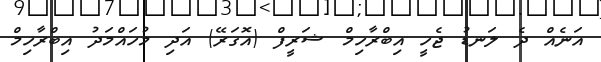
އަނެއް ދެ ލަނޑު ޖެހީ އިބްރާހިމް ޝަރީފް (އޮގަރޭ) އަދި މުހައްމަދު އިބްރާހިމް